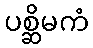
ပစ္ဆိမကံ